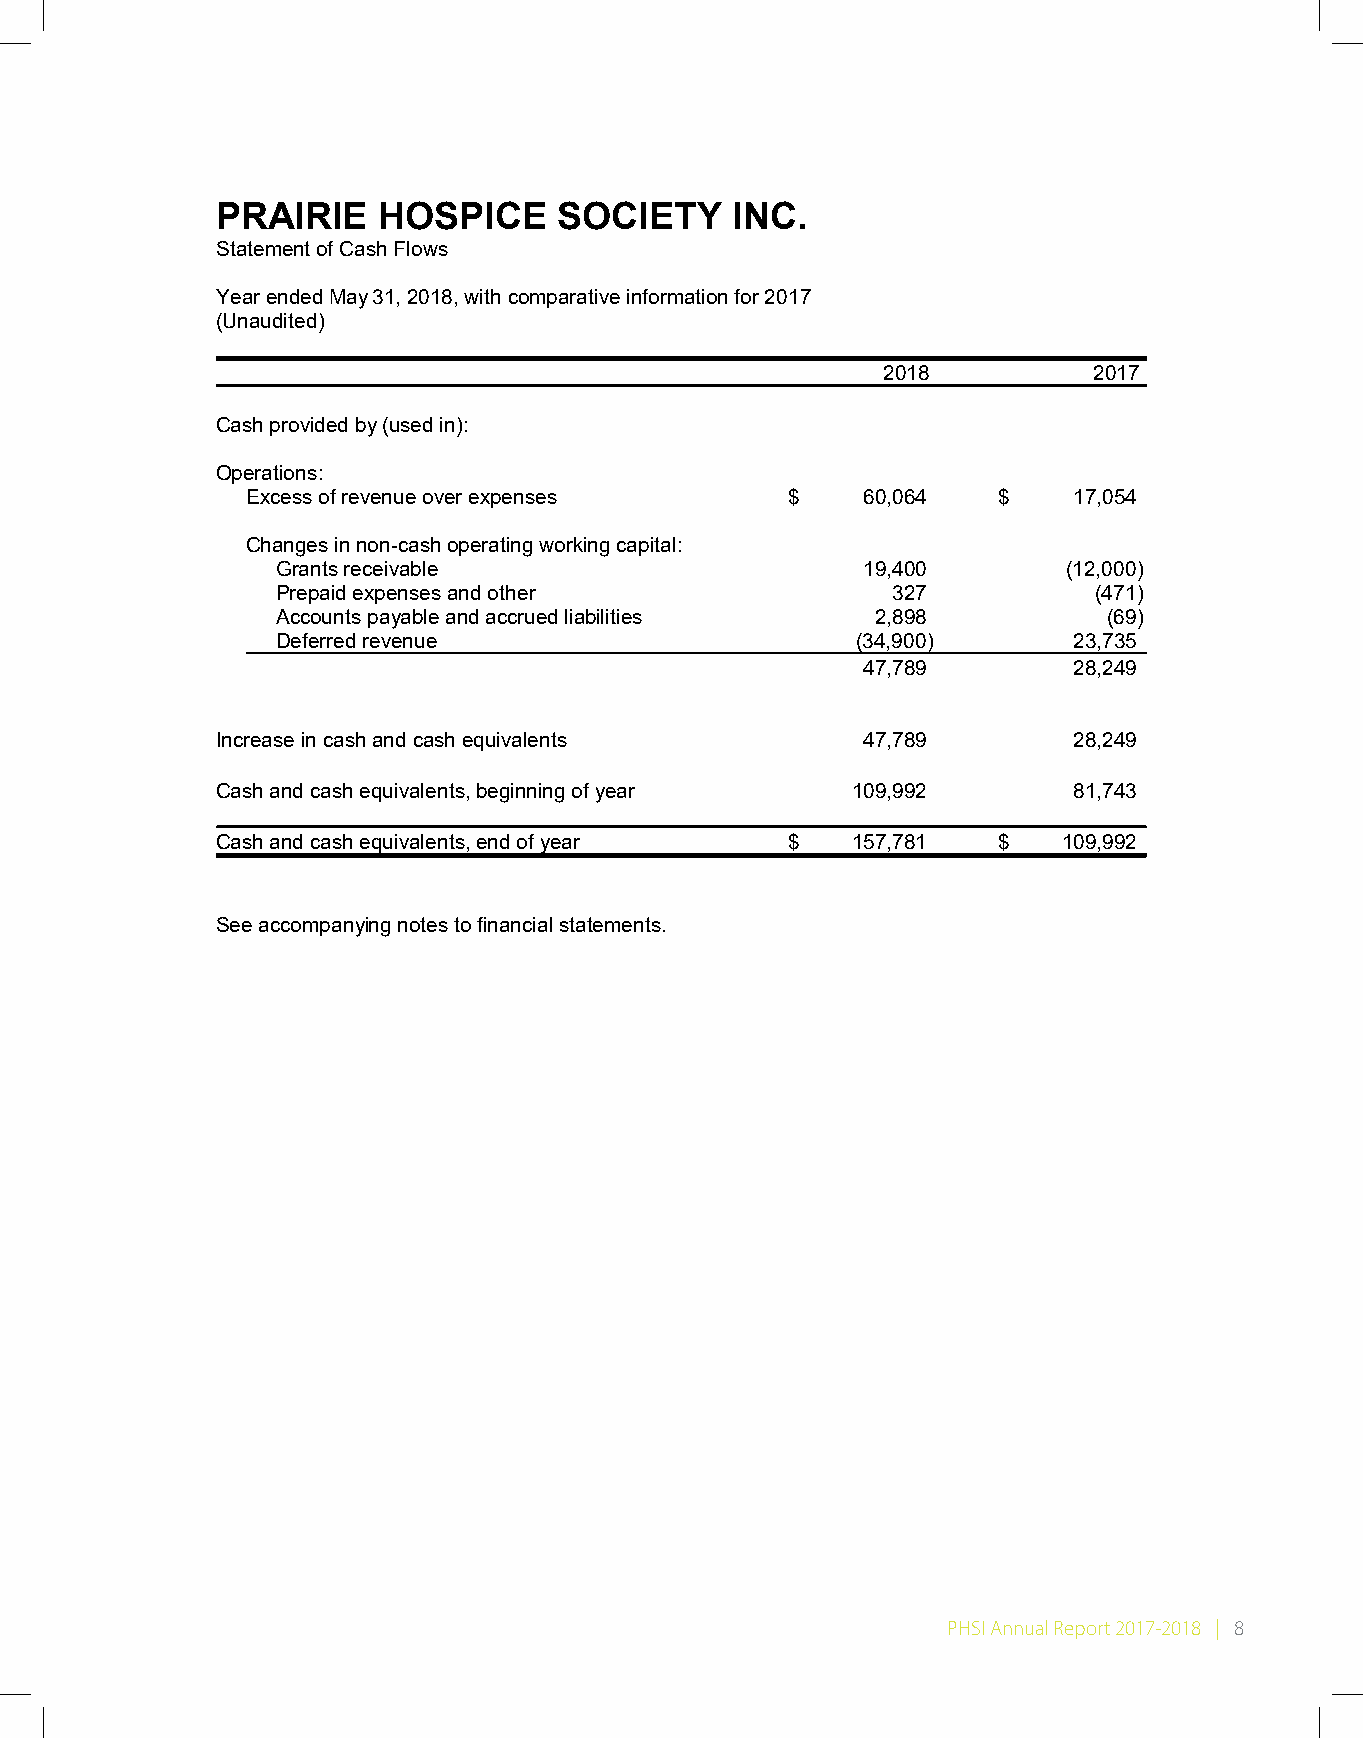
PRAIRIE    HOSPICE     SOCIETY    INC.
 Statement of Cash Flows
 Year ended May 31, 2018, with comparative information for 2017
 (Unaudited)
 2018          2017
 Cash provided by (used in):
 Operations:
 Excess of revenue over expenses     $    60,064   $    17,054
 Changes in non-cash operating working capital:
 Grants receivable                      19,400        (12,000)
 Prepaid expenses and other               327          (471)
 Accounts payable and accrued liabilities 2,898         (69)
 Deferred revenue                       (34,900)      23,735
 47,789        28,249
 Increase in cash and cash equivalents      47,789        28,249
 Cash and cash equivalents, beginning of year 109,992     81,743
 Cash and cash equivalents, end of year $  157,781   $   109,992
 See accompanying notes to financial statements.
 PHSI Annual Report 2017-2018 | 8
 3